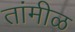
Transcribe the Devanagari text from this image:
तांमीळ